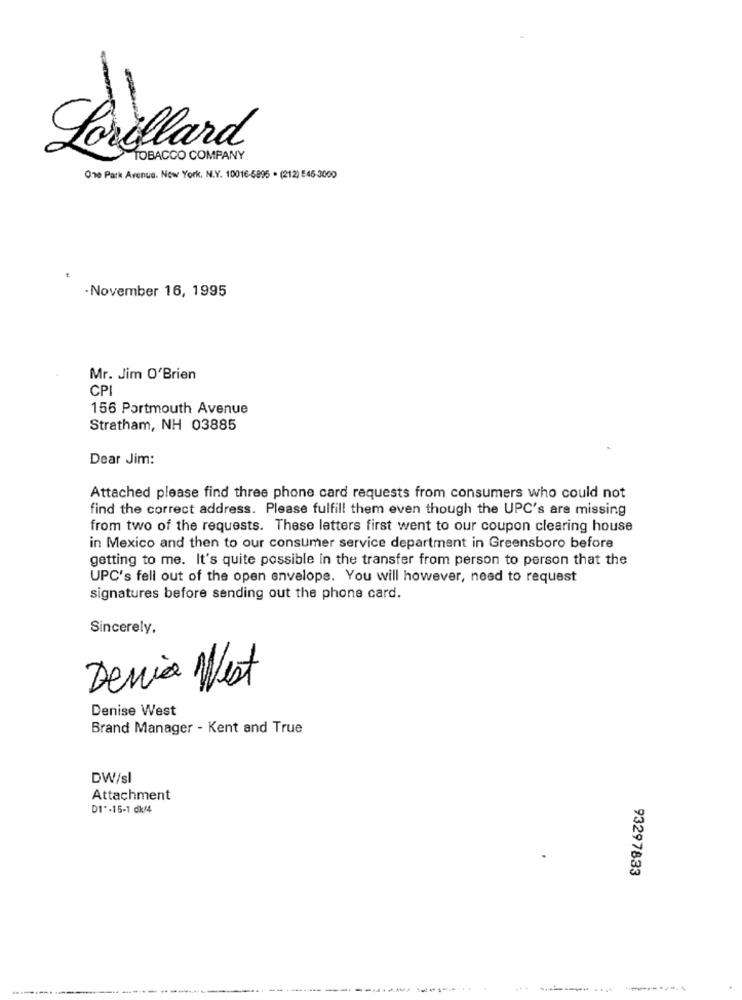
Lorillard
TOBACCO COMPANY
One Park Avenue, Now York, N.Y. 10016-6895 . (212) 546-3000
·November 16, 1995
Mr. Jim O'Brien
CPI
156 Portmouth Avenue
Stratham, NH 03885
Dear Jim:
Attached please find three phone card requests from consumers who could not
find the correct address. Please fulfill them even though the UPC's are missing
from two of the requests. These latters first went to our coupon clearing house
in Mexico and then to our consumer service department in Greensboro before
getting to me. It's quite possible in the transfer from person to person that the
UPC's fell out of the open envelope. You will however, need to request
signatures before sending out the phone card.
Sincerely,
Denia West
Denise West
Brand Manager - Kent and True
DW/sl
Attachment
D1"-15-1 dk44
93297833
--------